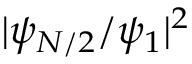
| \psi _ { N / 2 } / \psi _ { 1 } | ^ { 2 }